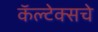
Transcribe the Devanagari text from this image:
कॅल्टेक्सचे